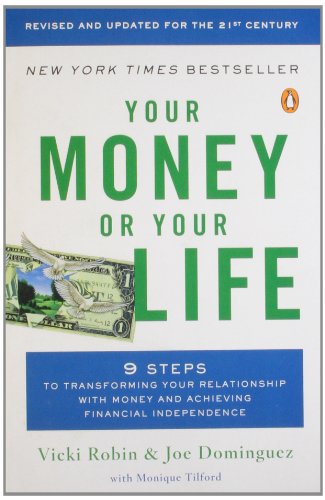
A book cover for Your Money or Your Life: 9 Steps to Transforming Your Relationship with Money and Achieving Financial Ind ependence: Revised and Updated for the 21st Century; Vicki Robin; Business & Money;